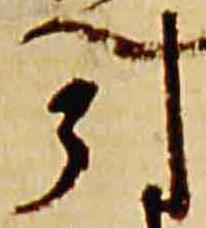
引